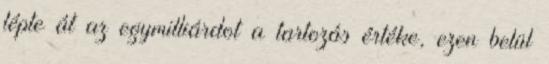
lépte át az egymilliárdot a tartozás értéke, ezen belül